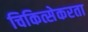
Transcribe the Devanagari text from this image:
चिकित्सेकरता